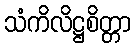
သံကိလိဋ္ဌစိတ္တာ